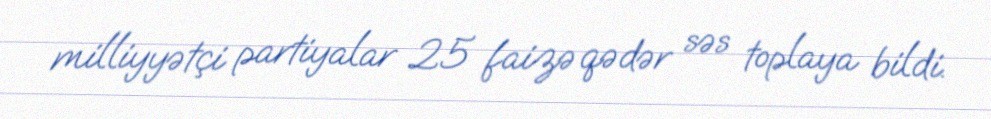
milliyyətçi partiyalar 25 faizə qədər səs toplaya bildi.